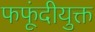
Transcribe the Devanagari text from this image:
फफूंदीयुक्त